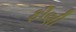
ફીણી